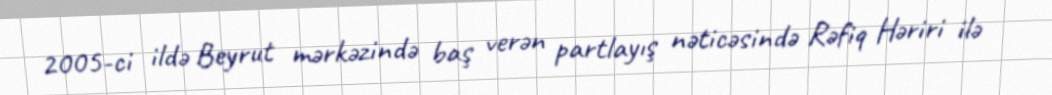
2005-ci ildə Beyrut mərkəzində baş verən partlayış nəticəsində Rəfiq Həriri ilə